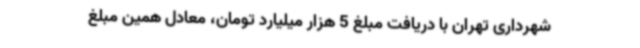
شهرداری تهران با دریافت مبلغ 5 هزار میلیارد تومان، معادل همین مبلغ